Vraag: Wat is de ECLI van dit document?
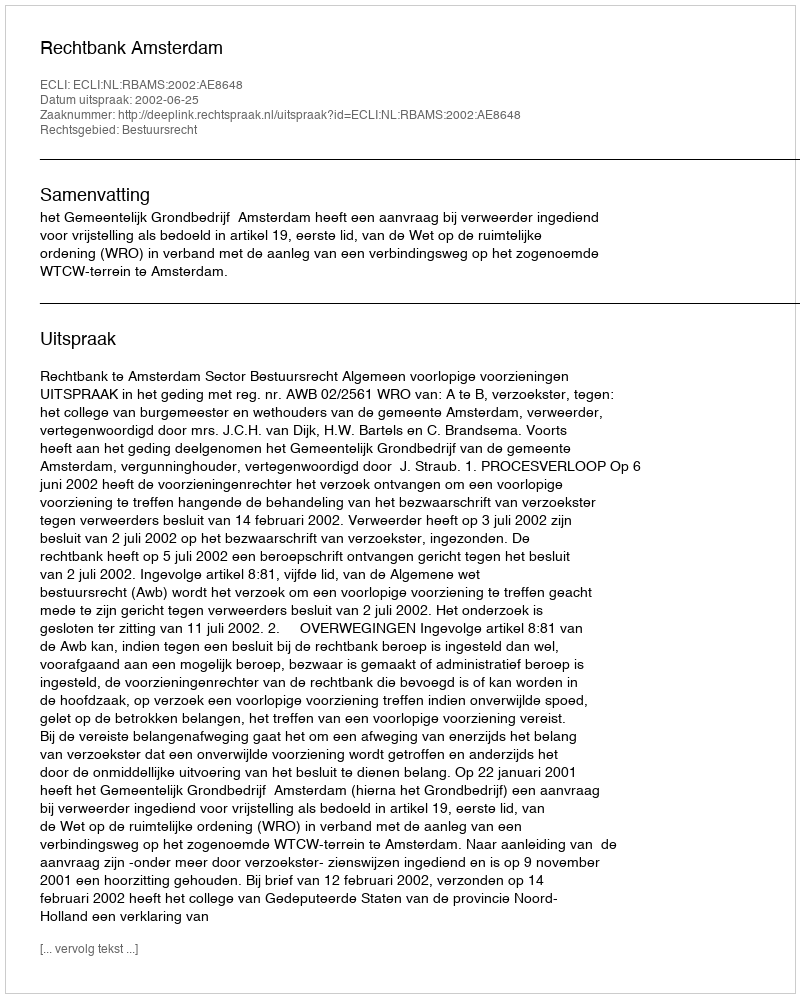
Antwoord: ECLI:NL:RBAMS:2002:AE8648